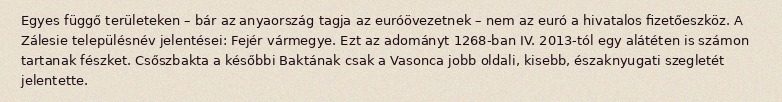
Egyes függő területeken – bár az anyaország tagja az euróövezetnek – nem az euró a hivatalos fizetőeszköz. A Zálesie településnév jelentései: Fejér vármegye. Ezt az adományt 1268-ban IV. 2013-tól egy alátéten is számon tartanak fészket. Csőszbakta a későbbi Baktának csak a Vasonca jobb oldali, kisebb, északnyugati szegletét jelentette.